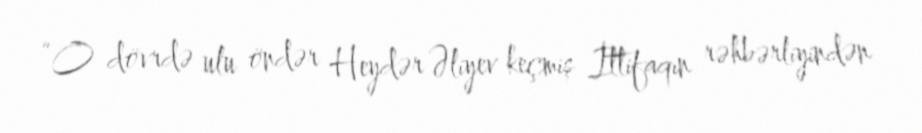
“O dövrdə ulu öndər Heydər Əliyev keçmiş İttifaqın rəhbərliyindən